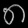
Digit: ၈